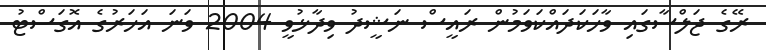
ރޭގެ ޖަލްސާގައި ވާހަކަދައްކަވަމުން ރައީސް ނަޝީދު ވިދާޅުވީ 2004 ވަނަ އަހަރުގެ އޮގަސްޓު